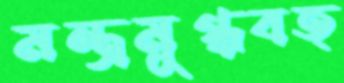
মন্ত্রমুগ্ধবত্